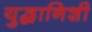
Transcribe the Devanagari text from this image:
युद्धानिशी